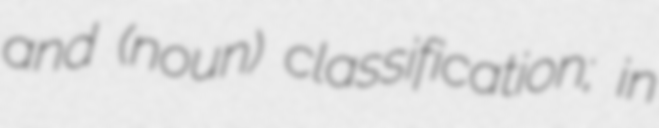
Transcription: and (noun) classification; in